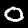
Label: 0